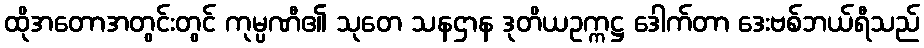
ထိုအတောအတွင်းတွင် ကုမ္ပဏီ၏ သုတေ သနဌာန ဒုတိယဥက္ကဋ္ဌ ဒေါက်တာ ဒေးဗစ်ဘယ်ရီသည်